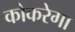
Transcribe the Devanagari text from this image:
कोकरेगा